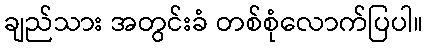
ချည်သား အတွင်းခံ တစ်စုံလောက်ပြပါ။